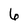
Character: 6